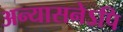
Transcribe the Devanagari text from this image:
अन्यासनेऽपि